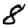
Digit: 8